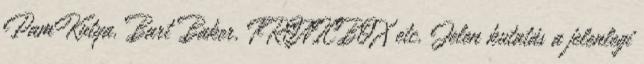
PamKutya, Bart Baker, TRONICBOX etc. Jelen kutatás a jelenlegi